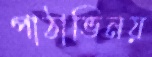
পাঠাভিনয়